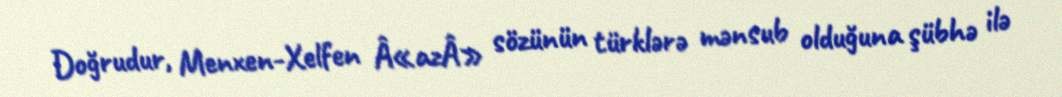
Doğrudur, Menxen-Xelfen Â«azÂ» sözünün türklərə mənsub olduğuna şübhə ilə